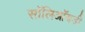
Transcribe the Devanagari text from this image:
सॉलिऑयडी